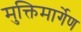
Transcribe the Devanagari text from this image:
मुक्तिमार्गेण